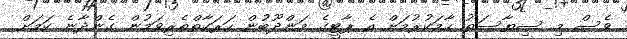
ވެސް މި ސިޔާސަތު ހާމަކުރުމަށް އެ ޕާޓީގެ މަންދޫބުން ހަރަކާތްތެރިވަމުން ގެންދާނެ ކަމަށް